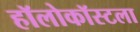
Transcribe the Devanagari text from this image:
हॉलोकॉस्टला